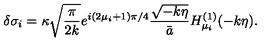
\delta \sigma _ { i } = \kappa \sqrt { { \frac { \pi } { 2 k } } } e ^ { i ( 2 \mu _ { i } + 1 ) \pi / 4 } { \frac { \sqrt { - k \eta } } { \bar { a } } } H _ { \mu _ { i } } ^ { ( 1 ) } ( - k \eta ) .